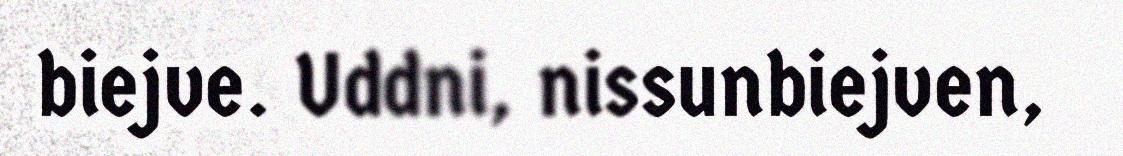
biejve. Uddni, nissunbiejven,